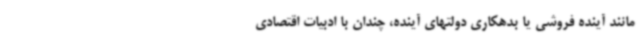
مانند آینده فروشی یا بدهکاری دولتهای آینده، چندان با ادبیات اقتصادی